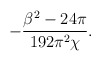
\begin{align*}- \frac{\beta^2- 24 \pi}{192 \pi^2 \chi}.\end{align*}